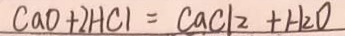
C a O + 2 H C l = C a C l 2 + H _ { 2 } O